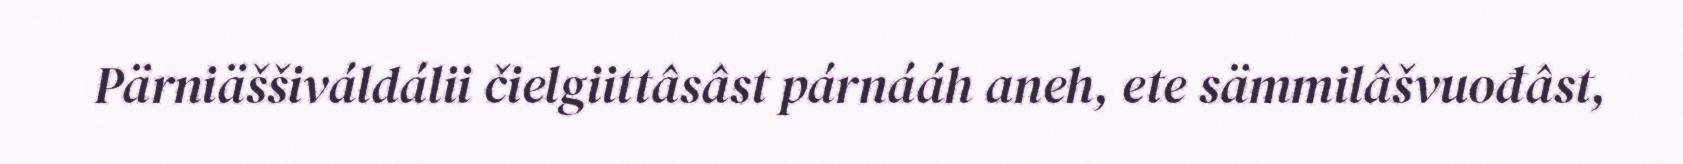
Pärniäššiváldálii čielgiittâsâst párnááh aneh, ete sämmilâšvuođâst,